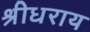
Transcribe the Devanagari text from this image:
श्रीधराय